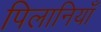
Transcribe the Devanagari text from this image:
पिलानियाँ